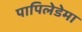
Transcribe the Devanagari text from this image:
पापिलेडेमा